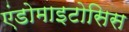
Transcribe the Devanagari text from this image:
एंडोमाइटोसिस